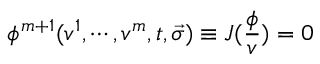
\phi ^ { m + 1 } ( v ^ { 1 } , \cdots , v ^ { m } , t , \vec { \sigma } ) \equiv J ( \frac \phi v ) = 0